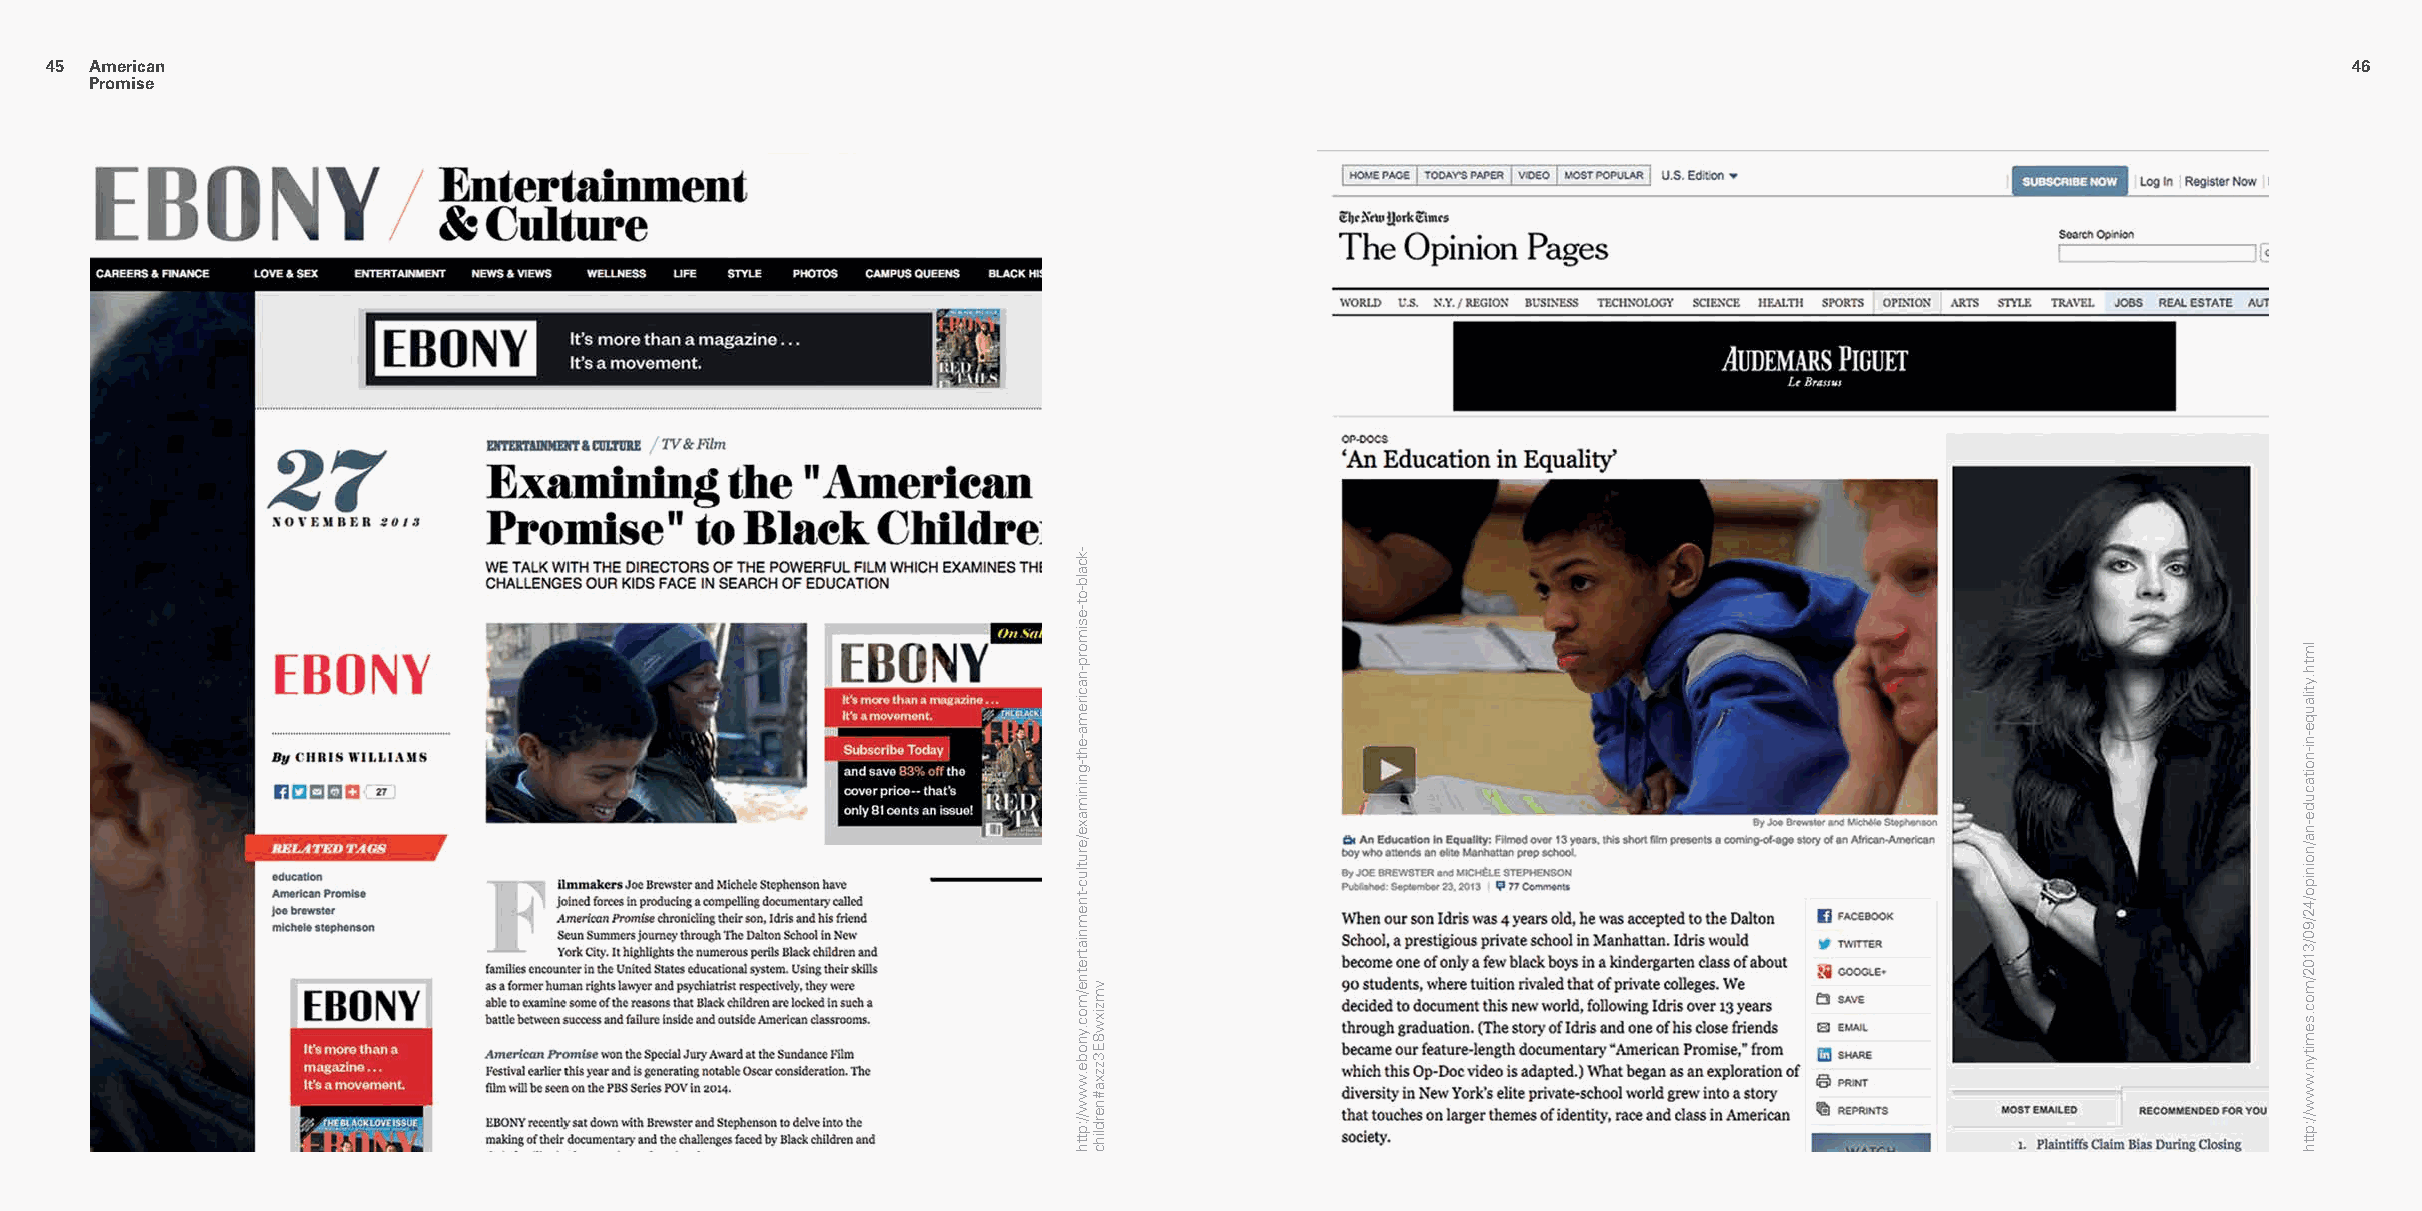
4455 American                                                                                                                                            4466
 Promise
 -kcalb-ot-esimorp-nacirema-eht-gninimaxe/erutluc-tnemniatretne/moc.ynobe.www//:ptth
 vmzixw8E3zzxa#nerdlihc
 lmth.ytilauqe-ni-noitacude-na/noinipo/42/90/3102/moc.semityn.www//:ptth